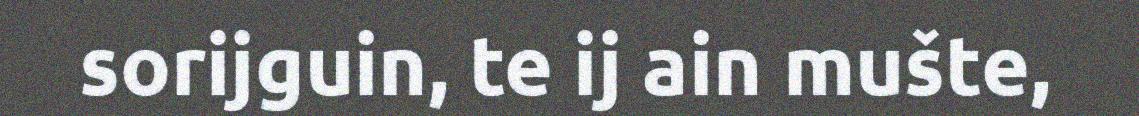
sorijguin, te ij ain mušte,